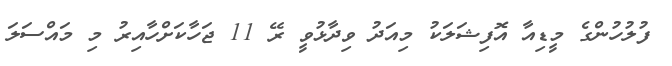
ފުލުހުންގެ މީޑިއާ އޮފިޝަލަކު މިއަދު ވިދާޅުވީ ރޭ 11 ޖަހާކަށްހާއިރު މި މައްސަލަ